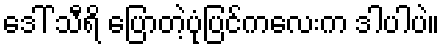
ဒေါ် သီရိ ပြောတဲ့ပုံပြင်ကလေးက ဒါပါပဲ။